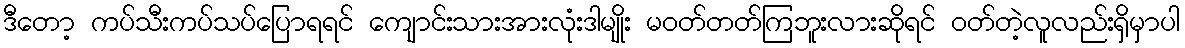
ဒီတော့ ကပ်သီးကပ်သပ်ပြောရရင် ကျောင်းသားအားလုံးဒါမျိုး မဝတ်တတ်ကြဘူးလားဆိုရင် ဝတ်တဲ့လူလည်းရှိမှာပါ